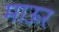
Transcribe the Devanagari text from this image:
माऊर